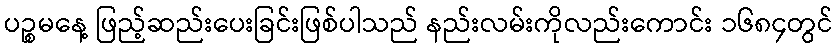
ပဉ္စမနေ့ ဖြည့်ဆည်းပေးခြင်းဖြစ်ပါသည် နည်းလမ်းကိုလည်းကောင်း ၁၆၈၄တွင်